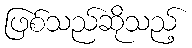
ဖြစ်သည်ဆိုသည့်